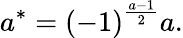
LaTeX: a^{*}=\left(-1\right)^{\frac{a-1}{2}}a.